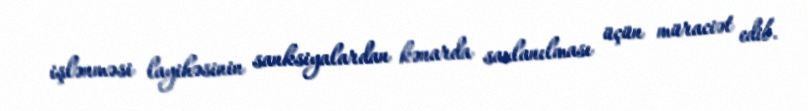
işlənməsi layihəsinin sanksiyalardan kənarda saxlanılması üçün müraciət edib.